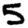
Digit: 5